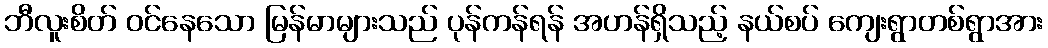
ဘီလူးစိတ် ဝင်နေသော မြန်မာများသည် ပုန်ကန်ရန် အဟန်ရှိသည့် နယ်စပ် ကျေးရွာတစ်ရွာအား